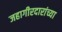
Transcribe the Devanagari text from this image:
जहागीरदारांच्या